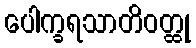
ပေါက္ခရသာတိဝတ္ထု